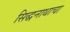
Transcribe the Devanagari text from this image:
सिद्धनाथाचा